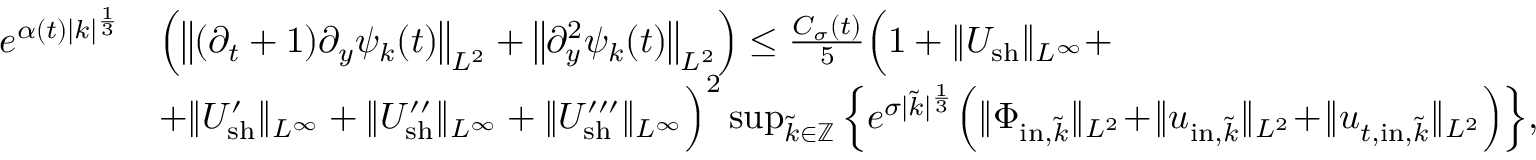
\begin{array} { r l } { e ^ { \alpha ( t ) | k | ^ { \frac { 1 } { 3 } } } } & { \Big ( \big \| ( \partial _ { t } + 1 ) \partial _ { y } \psi _ { k } ( t ) \big \| _ { L ^ { 2 } } + \big \| \partial _ { y } ^ { 2 } \psi _ { k } ( t ) \big \| _ { L ^ { 2 } } \Big ) \leq \frac { C _ { \sigma } ( t ) } { 5 } \Big ( 1 + \| U _ { \mathrm { s h } } \| _ { L ^ { \infty } } + } \\ & { + \| U _ { \mathrm { s h } } ^ { \prime } \| _ { L ^ { \infty } } + \| U _ { \mathrm { s h } } ^ { \prime \prime } \| _ { L ^ { \infty } } + \| U _ { \mathrm { s h } } ^ { \prime \prime \prime } \| _ { L ^ { \infty } } \Big ) ^ { 2 } \operatorname* { s u p } _ { \tilde { k } \in \mathbb Z } \Big \{ e ^ { \sigma | \tilde { k } | ^ { \frac { 1 } { 3 } } } \Big ( \| \Phi _ { \mathrm { i n } , \tilde { k } } \| _ { L ^ { 2 } } \! + \! \| u _ { \mathrm { i n } , \tilde { k } } \| _ { L ^ { 2 } } \! + \! \| u _ { t , \mathrm { i n } , \tilde { k } } \| _ { L ^ { 2 } } \Big ) \Big \} , } \end{array}